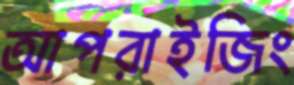
আপরাইজিং